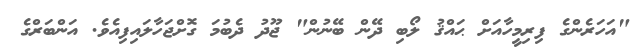
"އަހަރެންގެ ފިރިމީހާއަށް ޙައްޤު ލޯބި ދޭން ބޭނުން" ޖޫދު ދެބުމަ ގޮށްޖަހާލައިފިއެވެ. އަންބަރްގެ